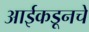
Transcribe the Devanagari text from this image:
आईकडूनचे